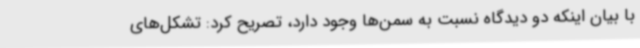
با بیان اینکه دو دیدگاه نسبت به سمن‌ها وجود دارد، تصریح کرد: تشکل‌های